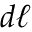
d { \boldsymbol { \ell } }